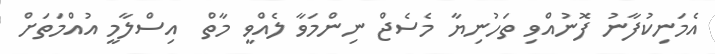
އެމަނިކުފާނު ފޮނުއްވި ތަހުނިޔާ މެސެޖް ނިންމަވާ ލެއްވީ މާތް  އިސްލާމީ އުއްމަތަށް